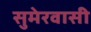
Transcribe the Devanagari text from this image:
सुमेरवासी